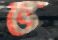
ভ